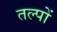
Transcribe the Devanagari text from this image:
तल्पों